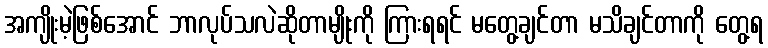
အကျိုးမဲ့ဖြစ်အောင် ဘာလုပ်သလဲဆိုတာမျိုးကို ကြားရရင် မတွေ့ချင်တာ မသိချင်တာကို တွေ့ရ